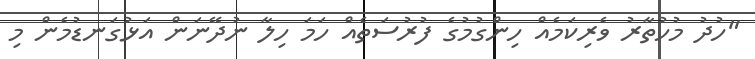
"ހުދު މުހުތާރު ވެރިކަމެއް ހިންގުމުގެ ފުރުސަތެއް ހަމަ ހިލާ ނުދޭނަން އަޅުގަނޑުމެން މި